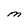
Character: M